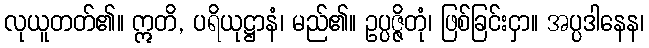
လုယူတတ်၏။ ဣတိ, ပရိယုဋ္ဌာနံ၊ မည်၏။ ဥပ္ပဇ္ဇိတုံ၊ ဖြစ်ခြင်းငှာ။ အပ္ပဒါနေန၊